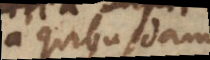
a quibusdam